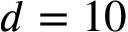
d = 1 0